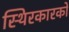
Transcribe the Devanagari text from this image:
स्थिरकारकों